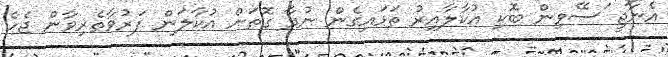
އެނާޖީ ަސޭވިން ބޮކި އުކާލާއިރު ތަޅައިގެން ނުދާ ގޮތަށް އުކާލަން ފަރުވާތެރިވާން ޖެހެ